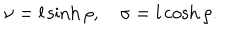
\nu = l \sinh \rho , \sigma = l \cosh \rho .